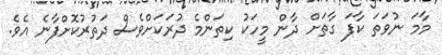
މާމަ ނުވަތަ ކާފަ ގާތަށް ދާން މީހަކު ކިތަންމެ ދުރަކަށްވެސް ދަތުރުކޮށްފާނެ އެވެ.